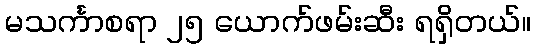
မသင်္ကာစရာ ၂၅ ယောက်ဖမ်းဆီး ရရှိတယ်။